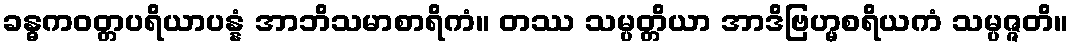
ခန္ဓကဝတ္တပရိယာပန္နံ အာဘိသမာစာရိကံ။ တဿ သမ္ပတ္တိယာ အာဒိဗြဟ္မစရိယကံ သမ္ပဇ္ဇတိ။